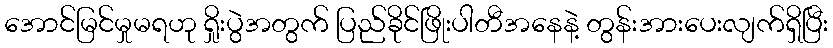
အောင်မြင်မှုမရဟု ရှိုးပွဲအတွက် ပြည်ခိုင်ဖြိုးပါတီအနေနဲ့ တွန်းအားပေးလျက်ရှိပြီး